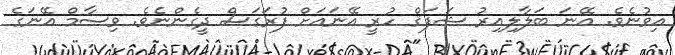
އިވުނެވެ. އޭނަ ބަލާލިއިރު ޝަފަޤް ހުރީ އޭނައަށް ފުރަގަސް ދީގެންނެވެ. ވިސާމް އޭނަގެ